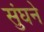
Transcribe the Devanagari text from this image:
सुंघने